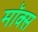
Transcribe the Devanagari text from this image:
मॉक्स